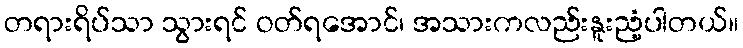
တရားရိပ်သာ သွားရင် ဝတ်ရအောင်၊ အသားကလည်းနူးညံ့ပါတယ်။